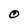
Character: O